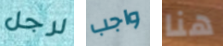
لرجل واجب هنا